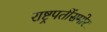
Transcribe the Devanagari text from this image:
राष्ट्रपतींसमोर